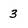
Character: 3